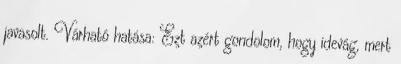
javasolt. Várható hatása: Ezt azért gondolom, hogy idevág, mert